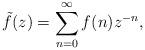
LaTeX: \begin{align*} \tilde f(z)= \sum_{n=0}^{\infty} f(n) z^{-n},\end{align*}